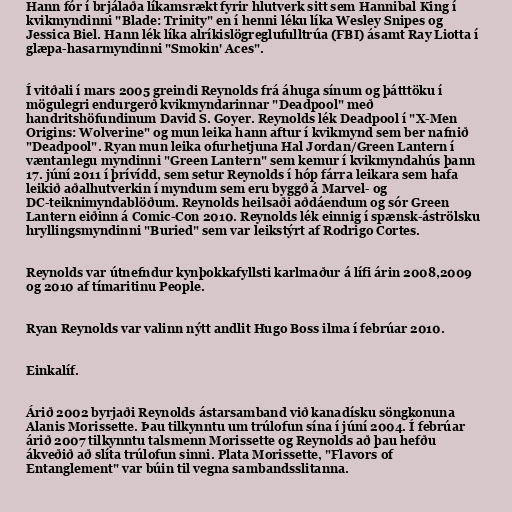
Hann fór í brjálaða líkamsrækt fyrir hlutverk sitt sem Hannibal King í
kvikmyndinni "Blade: Trinity" en í henni léku líka Wesley Snipes og
Jessica Biel. Hann lék líka alríkislögreglufulltrúa (FBI) ásamt Ray Liotta í
glæpa-hasarmyndinni "Smokin' Aces".

Í vitðali í mars 2005 greindi Reynolds frá áhuga sínum og þátttöku í
mögulegri endurgerð kvikmyndarinnar "Deadpool" með
handritshöfundinum David S. Goyer. Reynolds lék Deadpool í "X-Men
Origins: Wolverine" og mun leika hann aftur í kvikmynd sem ber nafnið
"Deadpool". Ryan mun leika ofurhetjuna Hal Jordan/Green Lantern í
væntanlegu myndinni "Green Lantern" sem kemur í kvikmyndahús þann
17. júní 2011 í þrívídd, sem setur Reynolds í hóp fárra leikara sem hafa
leikið aðalhutverkin í myndum sem eru byggð á Marvel- og
DC-teiknimyndablöðum. Reynolds heilsaði aðdáendum og sór Green
Lantern eiðinn á Comic-Con 2010. Reynolds lék einnig í spænsk-áströlsku
hryllingsmyndinni "Buried" sem var leikstýrt af Rodrigo Cortes.

Reynolds var útnefndur kynþokkafyllsti karlmaður á lífi árin 2008,2009
og 2010 af tímaritinu People.

Ryan Reynolds var valinn nýtt andlit Hugo Boss ilma í febrúar 2010.

Einkalíf.

Árið 2002 byrjaði Reynolds ástarsamband við kanadísku söngkonuna
Alanis Morissette. Þau tilkynntu um trúlofun sína í júní 2004. Í febrúar
árið 2007 tilkynntu talsmenn Morissette og Reynolds að þau hefðu
ákveðið að slíta trúlofun sinni. Plata Morissette, "Flavors of
Entanglement" var búin til vegna sambandsslitanna.